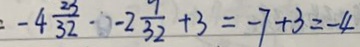
- 4 \frac { 2 3 } { 3 2 } - 2 \frac { 9 } { 3 2 } + 3 = - 7 + 3 = - 4